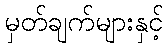
မှတ်ချက်များနှင့်